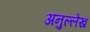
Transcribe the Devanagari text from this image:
अनुल्लेख